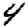
Digit: 4